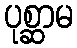
ပုစ္ဆာမ